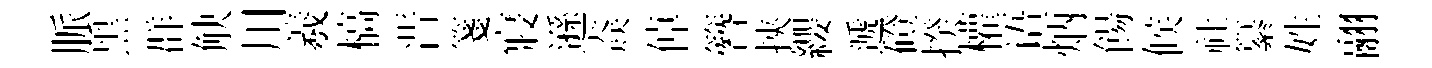
脈黑群觖川羲槁晋箋寢遜猋倬簪挾纓遞磴揆權语炳餳候社纂姓翮